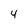
Character: 4